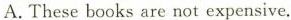
A.These books are not expensive.